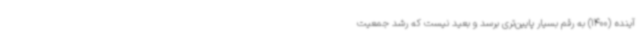
آینده (1400) به رقم بسیار پایین‌تری برسد و بعید نیست که رشد جمعیت